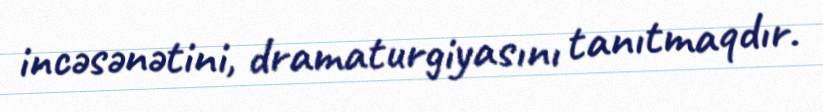
incəsənətini, dramaturgiyasını tanıtmaqdır.